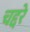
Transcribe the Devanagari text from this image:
चद्दरे